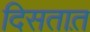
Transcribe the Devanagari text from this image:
दिसतात़